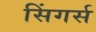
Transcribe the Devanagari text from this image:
सिंगर्स